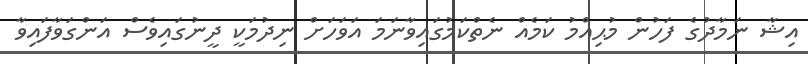
އިޝާ ނަމާދުގެ ފަހުން މުޙިއްމު ކަމެއް ނެތްކަމުގައިވާނަމަ އަވަހަށް ނިދުމަކީ ދީނުގައިވެސް އަންގަވާފައިވާ